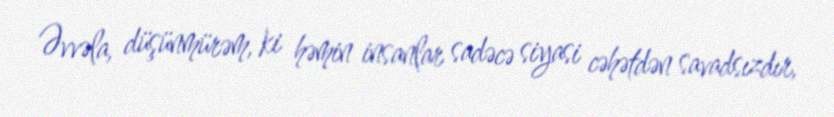
Əvvəla, düşünmürəm, ki həmin insanlar sadəcə siyasi cəhətdən savadsızdır,